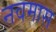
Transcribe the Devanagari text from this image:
नवमास